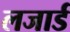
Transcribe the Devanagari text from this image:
लजार्ड